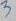
Text: 3